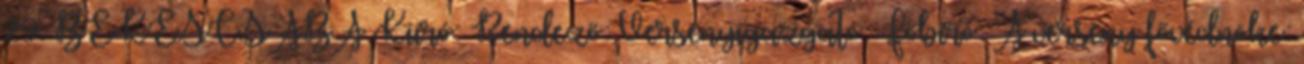
29. BÉKÉSCSABA Kiíró: Rendező: Versenyigazgató: Főbíró: A verseny fővédnöke: